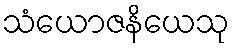
သံယောဇနိယေသု